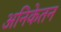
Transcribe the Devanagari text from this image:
अनिकेतन